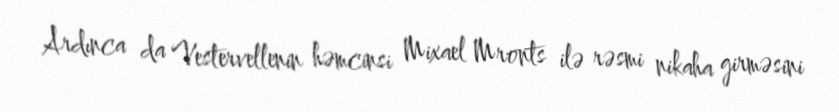
Ardınca da Vestervellenin həmcinsi Mixael Mronts ilə rəsmi nikaha girməsini